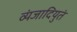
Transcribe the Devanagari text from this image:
व्यंजादियुतं